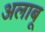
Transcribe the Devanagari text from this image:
अलाबू